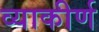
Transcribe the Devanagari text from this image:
व्याकीर्ण